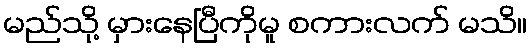
မည်သို့ မှားနေပြီကိုမူ စကားလက် မသိ။